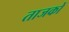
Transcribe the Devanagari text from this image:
ताजकों